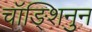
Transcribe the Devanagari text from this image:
चॉङ्शिनुन